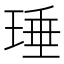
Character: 㻔